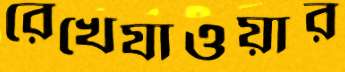
রেখেযাওয়ার